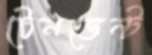
টেনডেন্ট